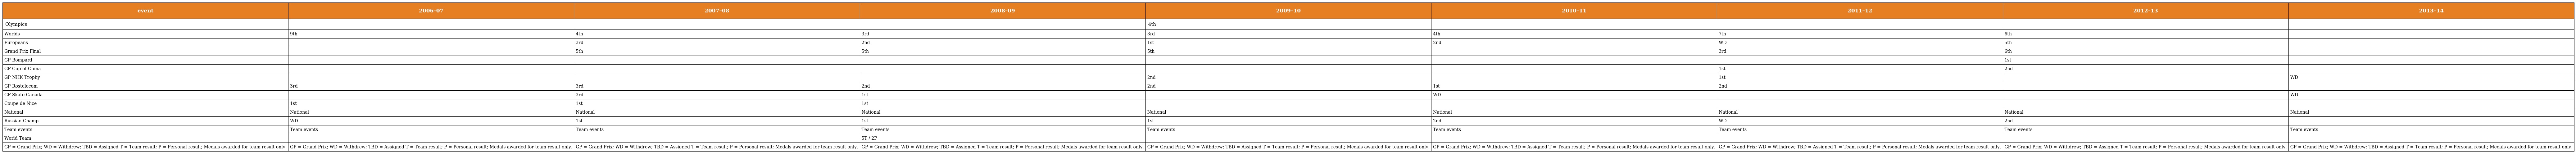
| event | 2006–07 | 2007–08 | 2008–09 | 2009–10 | 2010–11 | 2011–12 | 2012–13 | 2013–14 |
 | --- | --- | --- | --- | --- | --- | --- | --- | --- |
 | Olympics |  |  |  | 4th |  |  |  |  |
 | Worlds | 9th | 4th | 3rd | 3rd | 4th | 7th | 6th |  |
 | Europeans |  | 3rd | 2nd | 1st | 2nd | WD | 5th |  |
 | Grand Prix Final |  | 5th | 5th | 5th |  | 3rd | 6th |  |
 | GP Bompard |  |  |  |  |  |  | 1st |  |
 | GP Cup of China |  |  |  |  |  | 1st | 2nd |  |
 | GP NHK Trophy |  |  |  | 2nd |  | 1st |  | WD |
 | GP Rostelecom | 3rd | 3rd | 2nd | 2nd | 1st | 2nd |  |  |
 | GP Skate Canada |  | 3rd | 1st |  | WD |  |  | WD |
 | Coupe de Nice | 1st | 1st | 1st |  |  |  |  |  |
 | National | National | National | National | National | National | National | National | National |
 | Russian Champ. | WD | 1st | 1st | 1st | 2nd | WD | 2nd |  |
 | Team events | Team events | Team events | Team events | Team events | Team events | Team events | Team events | Team events |
 | World Team |  |  | 5T / 2P |  |  |  |  |  |
 | GP = Grand Prix; WD = Withdrew; TBD = Assigned T = Team result; P = Personal result; Medals awarded for team result only. | GP = Grand Prix; WD = Withdrew; TBD = Assigned T = Team result; P = Personal result; Medals awarded for team result only. | GP = Grand Prix; WD = Withdrew; TBD = Assigned T = Team result; P = Personal result; Medals awarded for team result only. | GP = Grand Prix; WD = Withdrew; TBD = Assigned T = Team result; P = Personal result; Medals awarded for team result only. | GP = Grand Prix; WD = Withdrew; TBD = Assigned T = Team result; P = Personal result; Medals awarded for team result only. | GP = Grand Prix; WD = Withdrew; TBD = Assigned T = Team result; P = Personal result; Medals awarded for team result only. | GP = Grand Prix; WD = Withdrew; TBD = Assigned T = Team result; P = Personal result; Medals awarded for team result only. | GP = Grand Prix; WD = Withdrew; TBD = Assigned T = Team result; P = Personal result; Medals awarded for team result only. | GP = Grand Prix; WD = Withdrew; TBD = Assigned T = Team result; P = Personal result; Medals awarded for team result only. |